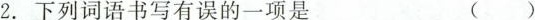
2.下列词语书写有误的一项是 ()